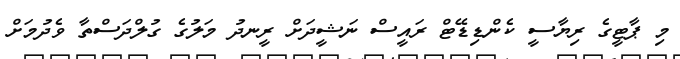
މި ޕާޓީގެ ރިޔާސީ ކެންޑިޑޭޓް ރައީސް ނަޝީދަށް ރީނދު މަލުގެ ގުލްދަސްތާ ވެދުމަށް